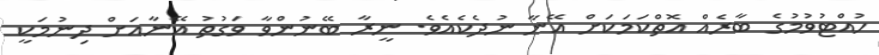
ހުއްޓުވުމުގެ ބާރެއް އޮތްކަމަކަށް އޭނާ ނުދެކެއެވެ. ނީރާ ބޭނުންވާ ވަގުތު އޭނާއަށް ދިނުމަކީ